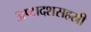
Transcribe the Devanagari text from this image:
अष्टादशसहस्री